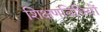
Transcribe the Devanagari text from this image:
शिक्षणविधियों